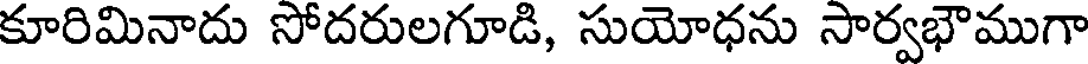
కూరిమినాదు సోదరులగూడి, సుయోధను సార్వభౌముగా